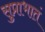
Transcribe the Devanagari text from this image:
सुप्राभातं